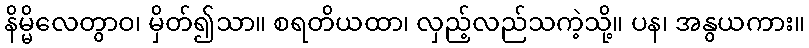
နိမ္မိလေတွာဝ၊ မှိတ်၍သာ။ စရတိယထာ၊ လှည့်လည်သကဲ့သို့။ ပန၊ အနွယကား။